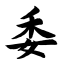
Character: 委